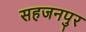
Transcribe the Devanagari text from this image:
सहजनपुर